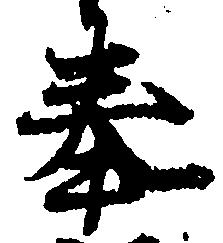
奉